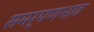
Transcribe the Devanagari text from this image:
समर्पणभाव